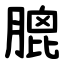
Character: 膍